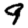
Digit: 9